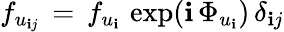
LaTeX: f_{u_{\mathbf{i}j}}\, =\, f_{u_{\mathbf{i}}}\, \exp(\mathbf{i}\, \Phi_{u_{\mathbf{i}}})\, \delta_{\mathbf{i}j}